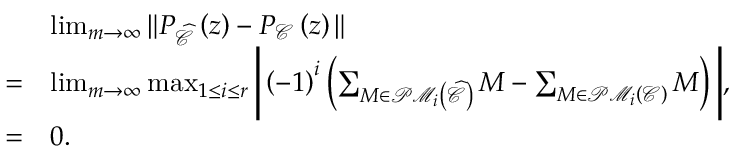
\begin{array} { r l } & { \operatorname* { l i m } _ { m \rightarrow \infty } \Vert P _ { \widehat { \mathcal { C } } } \left( z \right) - P _ { \mathcal { C } } \left( z \right) \Vert } \\ { = } & { \operatorname* { l i m } _ { m \rightarrow \infty } \operatorname* { m a x } _ { 1 \leq i \leq r } \Bigg \vert \left( - 1 \right) ^ { i } \left( \sum _ { M \in \mathcal { P M } _ { i } \left( \widehat { \mathcal { C } } \right) } M - \sum _ { M \in \mathcal { P M } _ { i } \left( \mathcal { C } \right) } M \right) \Bigg \vert , } \\ { = } & { 0 . } \end{array}